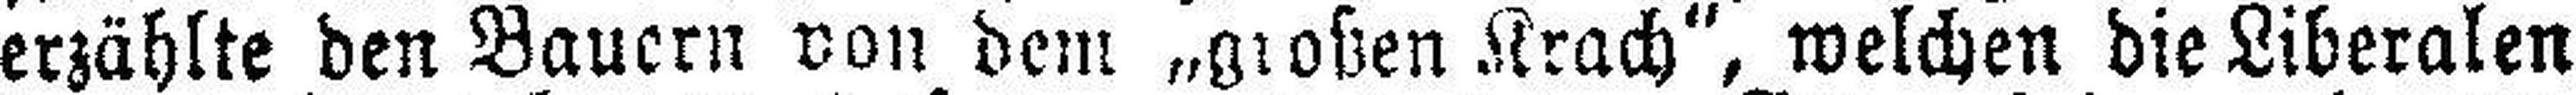
erzählte den Bauern von dem „großen Krach“, welchen die Liberalen